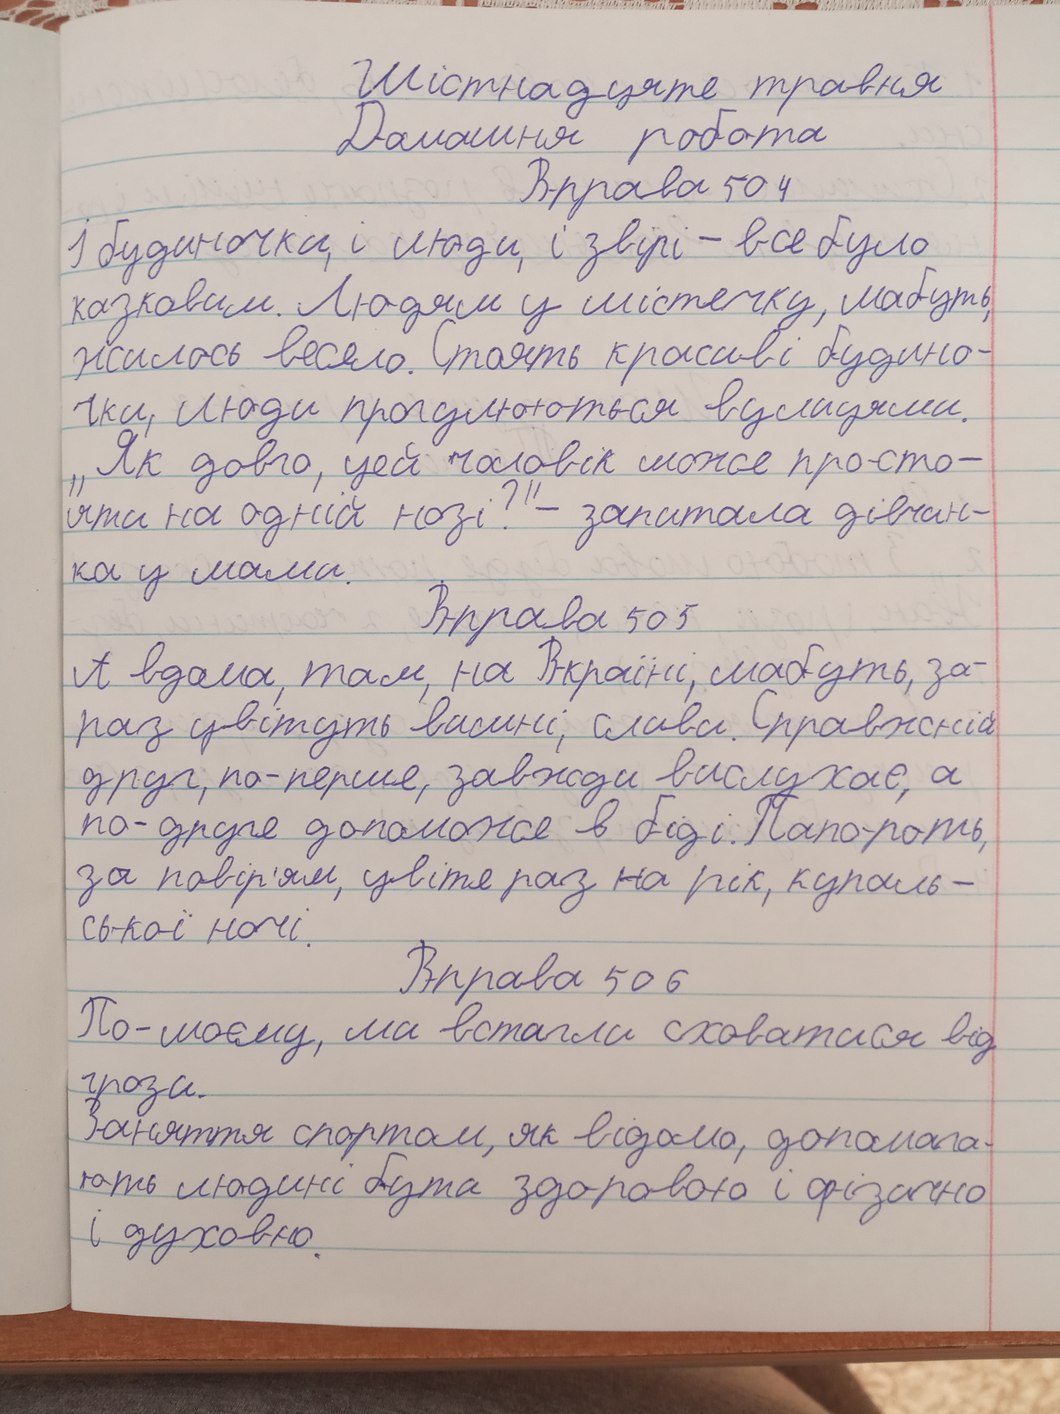
Шістнадцяте травня
Дамашня робота
Вправа 504
і будиночки, і люди, і звірі - все було
казковим. Людям у містечку, мабуть,
жилось весело. Стоять красиві будино-
чки, люди прогулюються вулицями.
„Як довго, цей чоловік може просто-
яти на одній нозі?"- запитала дівчин-
ка у мами.
Вправа 505
А вдома, там, на Вкраїні, мабуть, за-
раз цвітуть вишні, сливи. Справжній
друг, по-перше, завжди вислухає, а
по-друге допоможе в біді. Папороть,
за повір'ям, цвіте раз на рік, купаль-
сь-кої ночі.
Вправа 506
По-моєму, ми встигли сховатися від
грози.
Заняття спортом, як відомо, допомага-
ють людині бути здоровою і фізично
і духовно.